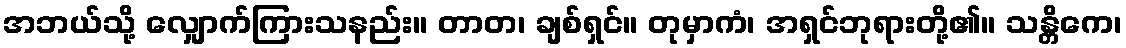
အဘယ်သို့ လျှောက်ကြားသနည်း။ တာတ၊ ချစ်ရှင်။ တုမှာကံ၊ အရှင်ဘုရားတို့၏။ သန္တိကေ၊